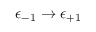
\epsilon _ { - 1 } \to \epsilon _ { + 1 }